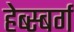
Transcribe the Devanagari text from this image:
हेब्स्बर्ग